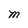
Character: M